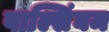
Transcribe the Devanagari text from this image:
वाल्सिंघम